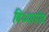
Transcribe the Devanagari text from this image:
विध्यापीठ